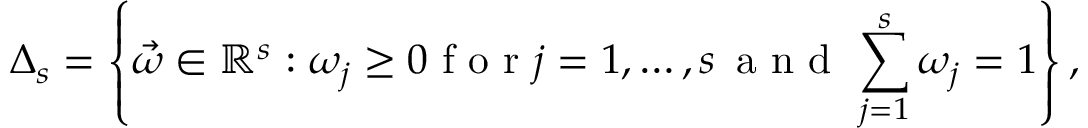
\Delta _ { s } = \left\{ \vec { \omega } \in \mathbb { R } ^ { s } : \omega _ { j } \geq 0 \mathrm { ~ f ~ o ~ r ~ } j = 1 , \dots , s \, \mathrm { ~ a ~ n ~ d ~ } \, \sum _ { j = 1 } ^ { s } \omega _ { j } = 1 \right\} ,